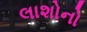
લાશોનો